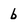
Character: b